Document type: Barter
Year: 1304
Scribe: Pere Pometa
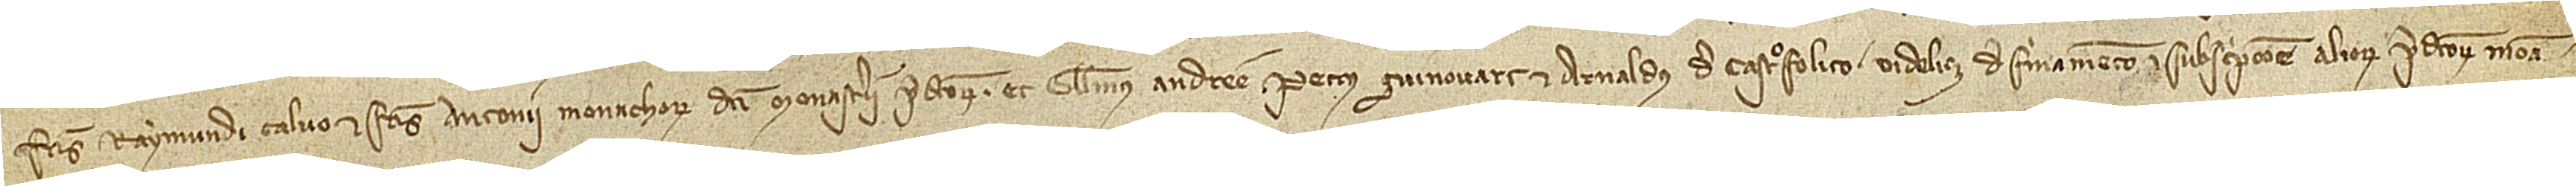
fratris Raymundi Calvo et fratris Antonii, monachorum dicti monasterii predictorum, et Guillelmus Andree, Petrus Guinovart et Arnaldus de Castrofolito, videlicet, de firmamento in subscripcione aliorum predictorum mona-